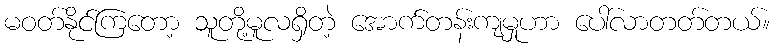
မဝတ်နိုင်ကြတော့ သူတို့မူလရှိတဲ့ အောက်တန်းကျမှုဟာ ပေါ်လာတတ်တယ်။